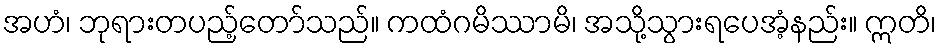
အဟံ၊ ဘုရားတပည့်တော်သည်။ ကထံဂမိဿာမိ၊ အသို့သွားရပေအံ့နည်း။ ဣတိ၊